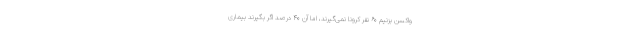
واکسن بزنیم ۶۰ نفر کرونا نمی‌گیرند، اما آن ۴۰ درصد اگر بگیرند بیماری